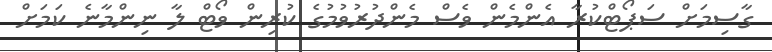
ގާސިމަށް ސަޕޯޓްކުރާ އެންމެން ވެސް މެންދުރުވުމުގެ ކުރިން ވޯޓް ލާ ނިންމާނެ ކަމަށް